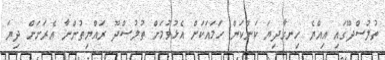
ތުލުސްދޫގައި އިއްޔެ ހިނގާދިޔަ ކަންކަން ހަމައަކަށް އެޅުވުމަށް ތުލުސްދޫ ރައްޔިތުންނާ އެރަށަށް ދިޔަ